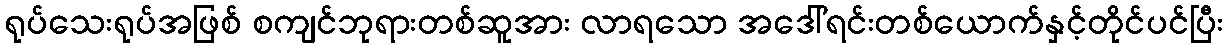
ရုပ်သေးရုပ်အဖြစ် စကျင်ဘုရားတစ်ဆူအား လာရသော အဒေါ်ရင်းတစ်ယောက်နှင့်တိုင်ပင်ပြီး